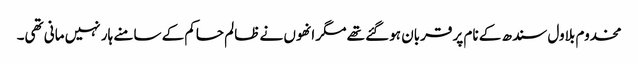
مخدوم بلاول سندھ کے نام پر قربان ہوگئے تھے مگر انھوں نے ظالم حاکم کے سامنے ہار نہیں مانی تھی۔